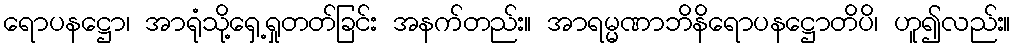
ရောပနဋ္ဌော၊ အာရုံသို့ရှေ့ရှုတတ်ခြင်း အနက်တည်း။ အာရမ္မဏာဘိနိရောပနဋ္ဌောတိပိ၊ ဟူ၍လည်း။